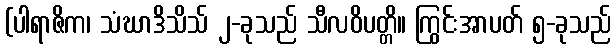
(ပါရာဇိက၊ သံဃာဒိသိသ် ၂-ခုသည် သီလဝိပတ္တိ။ ကြွင်းအာပတ် ၅-ခုသည်